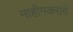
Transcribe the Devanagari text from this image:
माहीमकरांचे